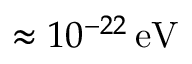
\approx 1 0 ^ { - 2 2 } \, \mathrm { e V }